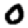
Digit: 0